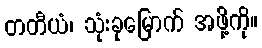
တတီယံ၊ သုံးခုမြောက် အဖို့ကို။